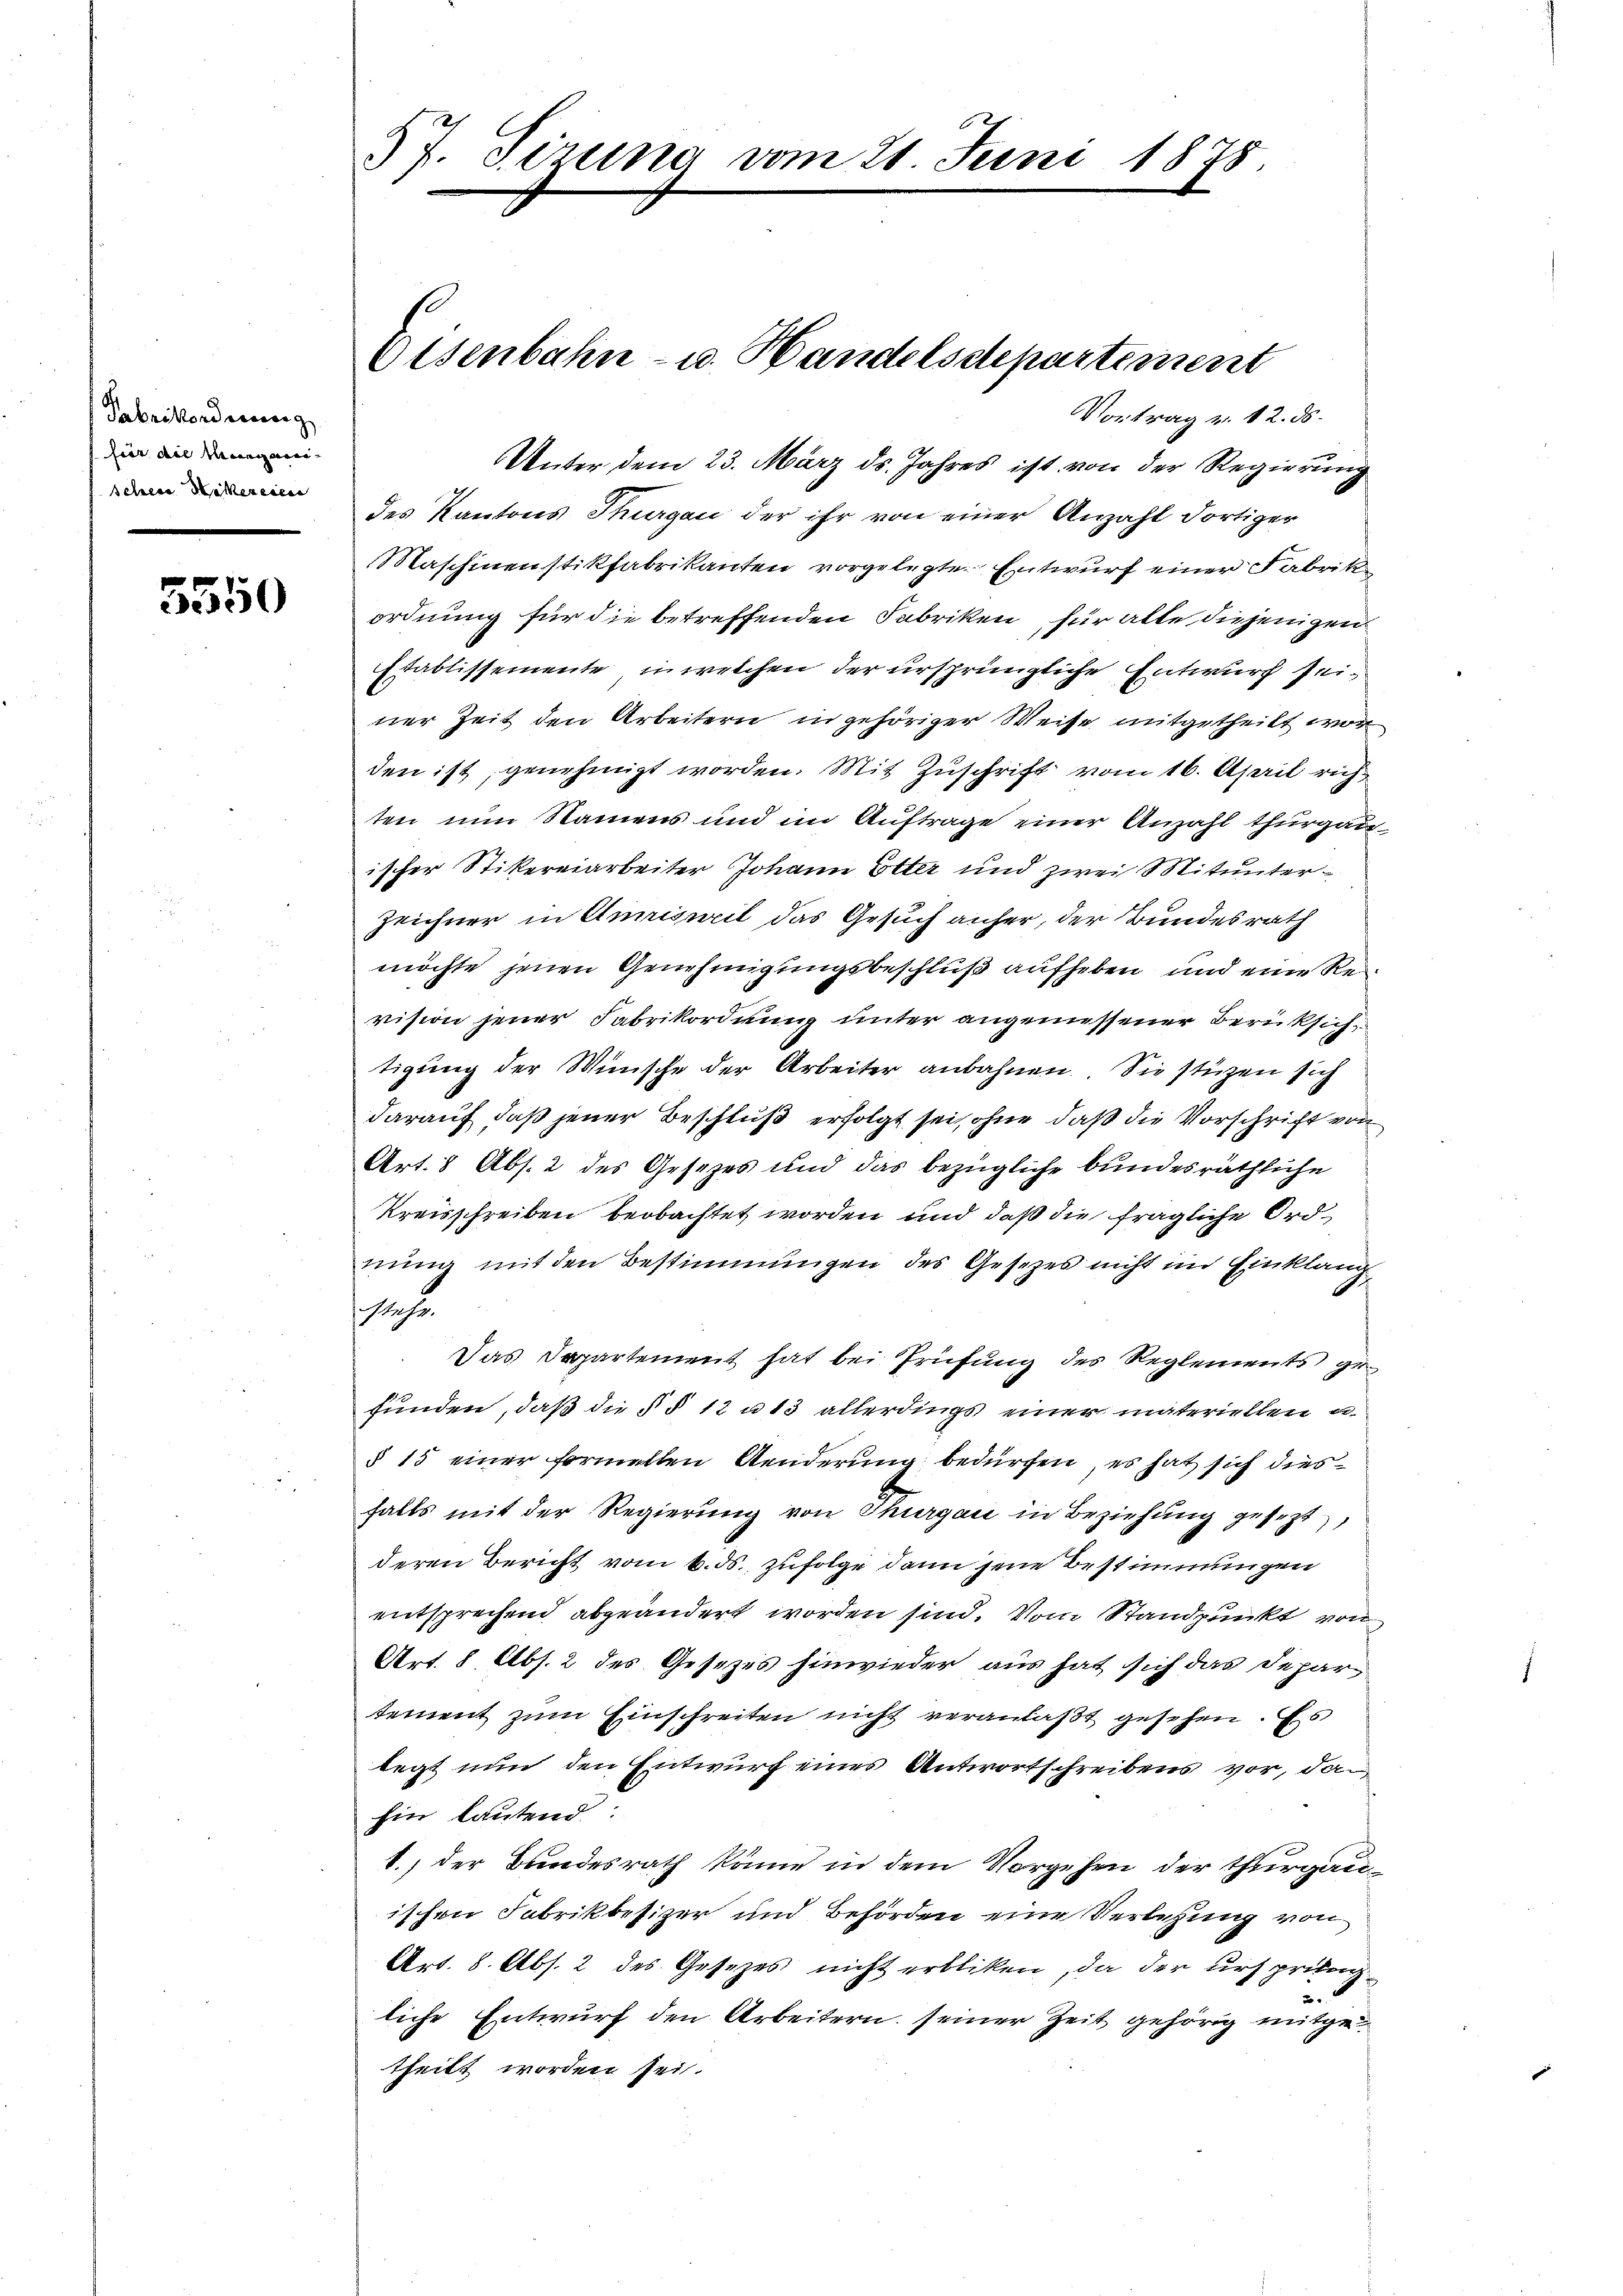
Fabrikordnung
für die Mangenen-
schere Heckereic

3550

Vortrag v. 12. ds.
Unter dem 23. März ds. Jahres ist von der Regierung
des Kantons Thurgau der ihr von einer Anzahl dortiger
Maschinenstikfabrikanten vorgelegte Entwurf einer Fabrika
ordnung für die betreffenden Fabriken für alle diejenigen
Etablissemente, in welchen der ursprüngliche Entwurf seiner Zeit den Arbeitern in gehöriger Weise mitgetheilt wor
den ist, genehmigt worden. Mit Zuschrift vom 16. April richten nun Namens und im Auftrage einer Anzahl thurgauischer Stikereiarbeiter Johann Elter und zwei Mitunter¬
Zeichner in Annisweil das Gesuch anfer, der Bundesrath
möchte jenen Genehmigungsbeschluß aufheben und eine Revision jener Fabrikordnung unter angemessener Berücksich
tigung der Wünsche der Arbeiter anbahnen. Sie stüzen sich
darauf, daß jener Beschluß erfolgt sei, ohne daß die Vorschrift von
Art. 8 Abs. 2 des Gesezes und das bezügliche bundesräthliche
Kreisschreiben beobachtet worden und daß die fragliche Ordnung mit den Bestimmungen des Gesetzes nicht im Einklang
s
Das Departement hat bei Prüfung des Reglements gefunden, daß die § § 12 u. 13 allerdings einer materiellen u.
§ 15 einer formellen Aenderung bedürfen, es hat sich dies
falls mit der Regierung von Thurgau in Beziehung gesezt,
deren Bericht vom 6. ds., zufolge dann jene Bestimmungen
entsprechend abgeändert worden sind. Vom Standpunkt von
Art. 8 Abs. 2 des Gesezes hinwieder aus hat sich das Departement zum Einschreiten nicht veranlaßt gesehen. Es
legt nun den Entwurf eines Antwortschreibens vor, da
hin lautend
1.) der Bundesrath könne in dem Vorgehen der Thurgauischen Fabrikbesizer und Behörden eine Verlesung von
Art. 8. Abs. 2 des Gesezes nicht erbliken, da der urspribung
liche Entwurf den Arbeitern seiner Zeit gehörig mitge
theilt worden sei.

57. Sizung vom 21. Juni 1875.

Eisenbahn- u. Handelsdepartement